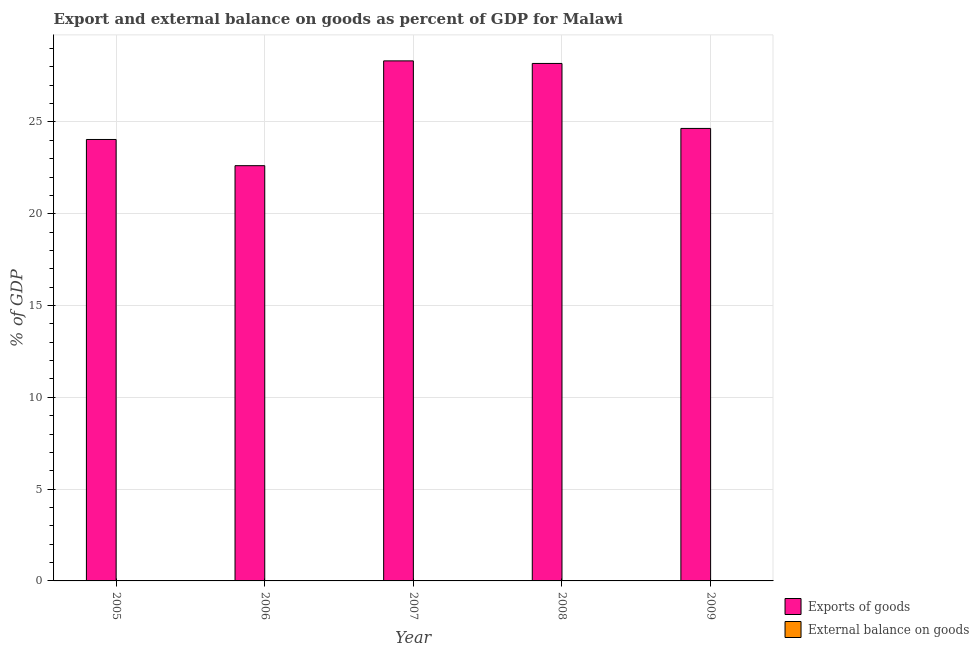
| Year | Exports of goods | External balance on goods |
 | --- | --- | --- |
 | 2005 | 24 | -28.1 |
 | 2006 | 22.6 | -24.5 |
 | 2007 | 28.3 | -11.9 |
 | 2008 | 28.2 | -20.7 |
 | 2009 | 24.6 | -14.3 |